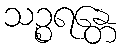
သဉ္စရန္တေ